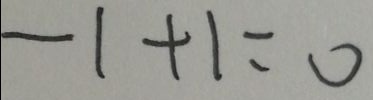
- 1 + 1 = 0